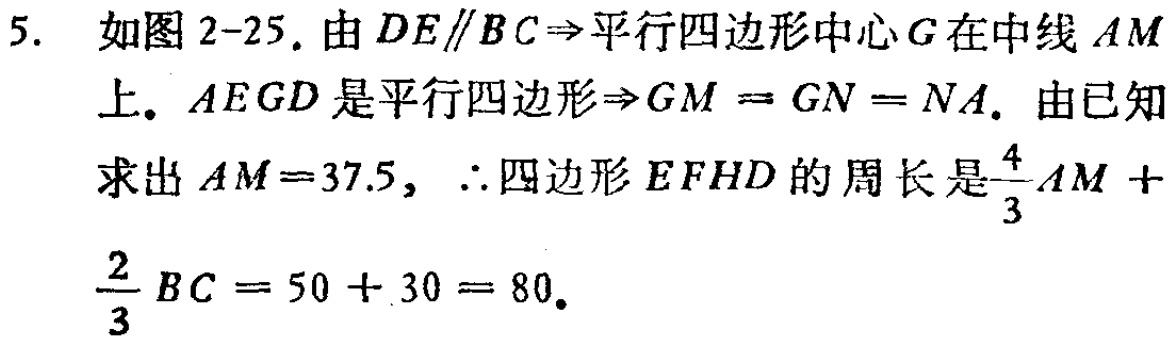
5. 如图 2-25. 由 \(DE\parallel BC\Rightarrow\)平行四边形中心 \(G\)在中线 \(AM\)上. \(AEGD\)是平行四边形\(\Rightarrow GM = GN = NA\). 由已知求出 \(AM = 37.5\)，\(\therefore\)四边形 \(EFHD\)的周长是\(\frac{4}{3}AM+\frac{2}{3}BC = 50 + 30 = 80\).